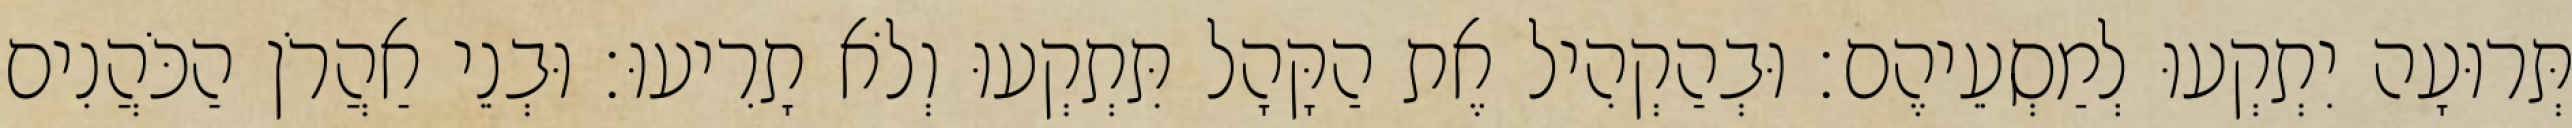
תְּרוּעָה יִתְקְעוּ לְמַסְעֵיהֶם׃ וּבְהַקְהִיל אֶת הַקָּהָל תִּתְקְעוּ וְלֹא תָרִיעוּ׃ וּבְנֵי אַהֲרֹן הַכֹּהֲנִים